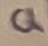
Text: Q